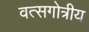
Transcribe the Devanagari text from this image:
वत्सगोत्रीय